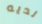
لديه